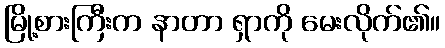
မြို့စားကြီးက နာတာ ရှာကို မေးလိုက်၏။